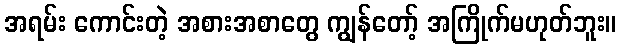
အရမ်း ကောင်းတဲ့ အစားအစာတွေ ကျွန်တော့် အကြိုက်မဟုတ်ဘူး။